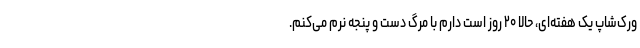
ورک‌شاپ یک هفته‌ای، حالا ۲۰ روز است دارم با مرگ دست و پنجه نرم می‌کنم.